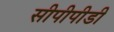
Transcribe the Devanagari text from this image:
सीपीपीडी